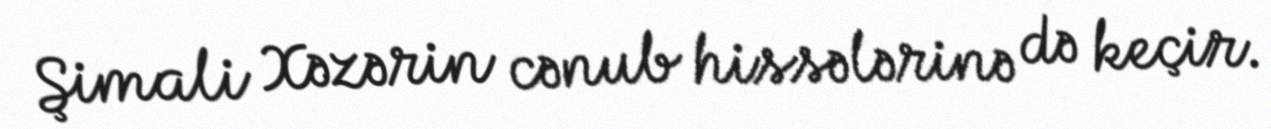
Şimali Xəzərin cənub hissələrinə də keçir.